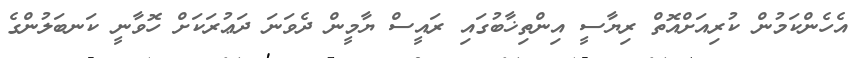
އެހެންކަމުން ކުރިއަށްއޮތް ރިޔާސީ އިންތިޚާބުގައި ރައީސް ޔާމީން ދެވަނަ ދަޢުރަކަށް ހޮވާނީ ކަނބަލުންގެ